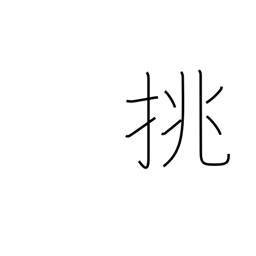
Meaning: make love to